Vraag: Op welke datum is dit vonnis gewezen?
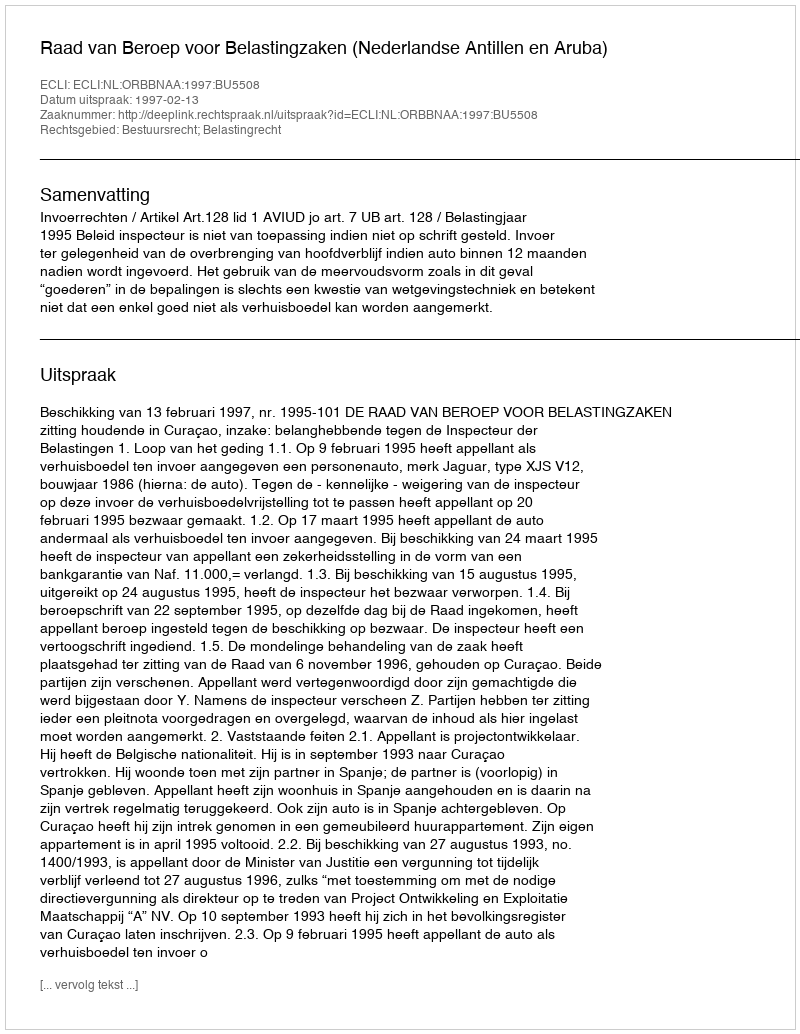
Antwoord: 1997-02-13